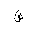
Letter: _sad